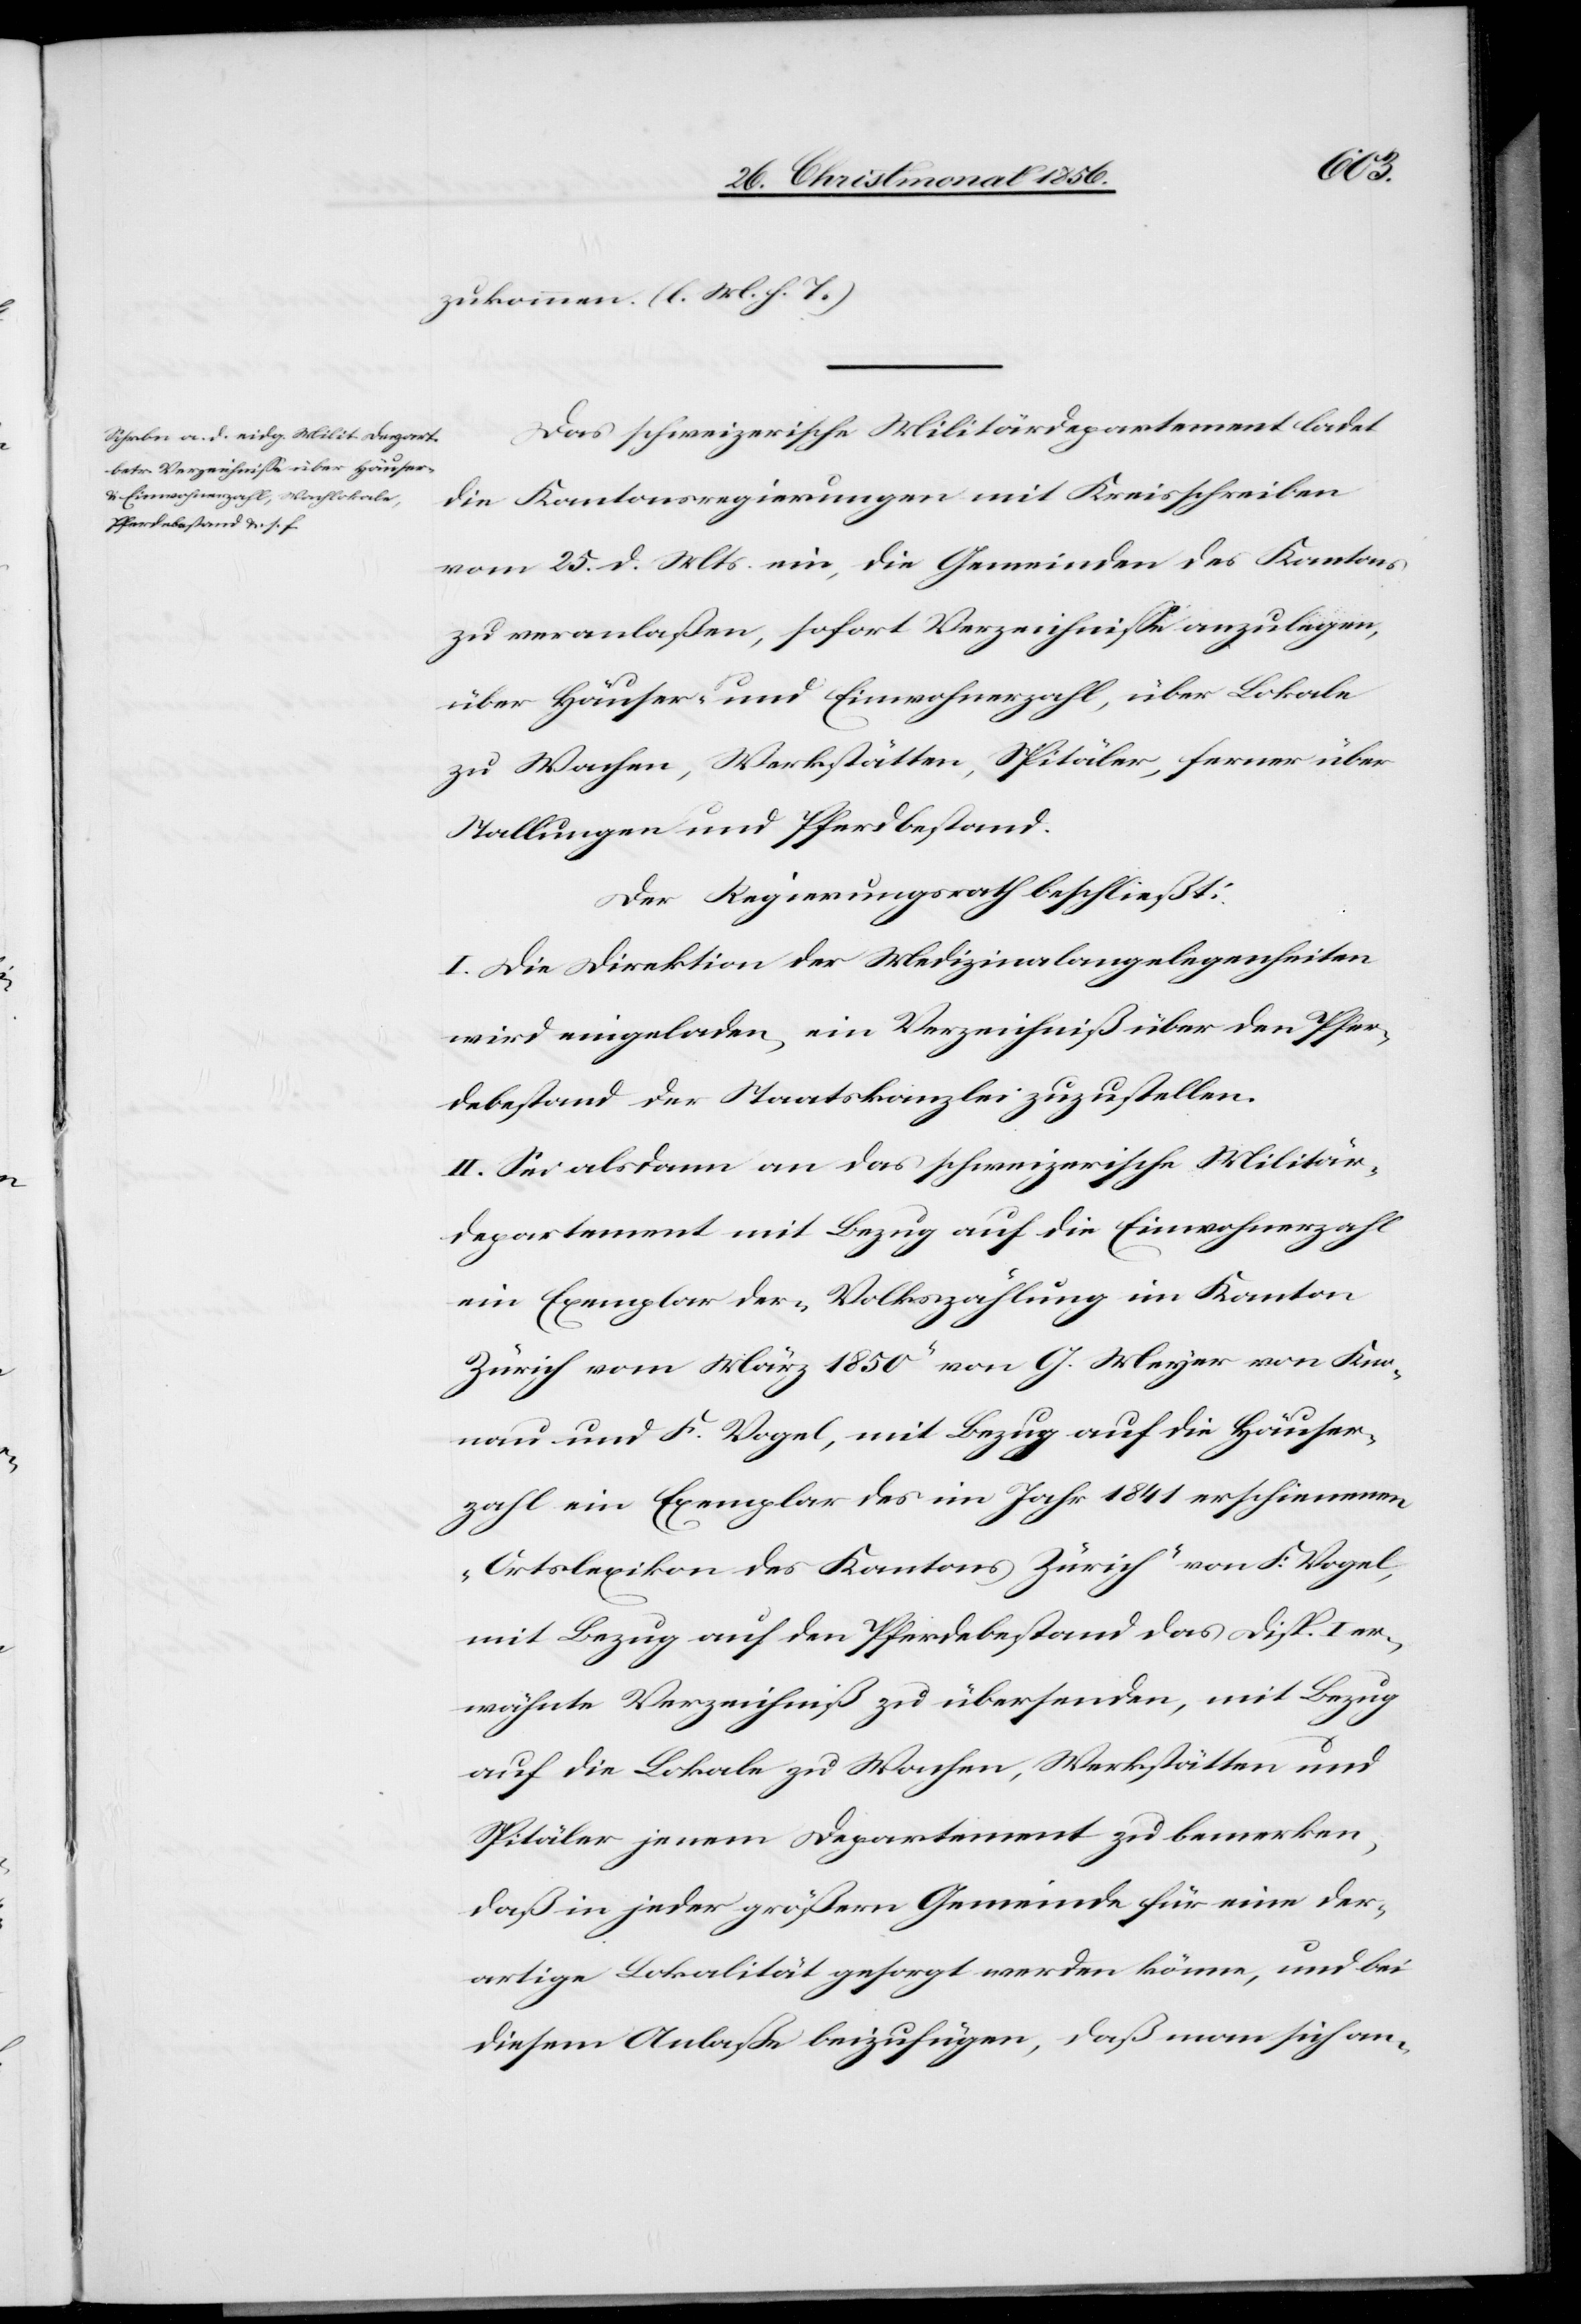
zukommen. (l. M. h. T.)
Das schweizerische Militärdepartement ladet
die Kantonsregierungen mit Kreisschreiben
vom 25. d. Mts. ein, die Gemeinden des Kantons
zu veranlaßen, sofort Verzeichnisse anzulegen,
über Häuser- und Einwohnerzahl, über Lokale
zu Wachen, Werkstätten, Spitäler, ferner über
Stallungen und Pferdbestand.
Der Regierungsrath beschließt:
I. Die Direktion der Medizinalangelegenheiten
wird eingeladen, ein Verzeichniß über den Pfer¬
debestand der Staatskanzlei zuzustellen.
II. Sei alsdann an das schweizerische Militär¬
departement mit Bezug auf die Einwohnerzahl
ein Exemplar der „Volkszählung im Kanton
Zürich vom März 1850“ von G. Meyer von Kno¬
nau und F. Vogel, mit Bezug auf die Häuser¬
zahl ein Exemplar des im Jahr 1841 erschienenen
„Ortslexikon des Kantons Zürich“ von F. Vogel,
mit Bezug auf den Pferdebestand das Disp. I er¬
wähnte Verzeichniß zu übersenden, mit Bezug
auf die Lokale zu Wachen, Werkstätten und
Spitäler jenem Departement zu bemerken,
daß in jeder größern Gemeinde für eine der¬
artige Lokalität gesorgt werden könne, und bei
diesem Anlaße beizufügen, daß man sich an-